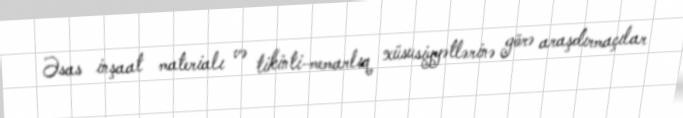
Əsas inşaat materialı və tikinti-memarlıq xüsusiyyətlərinə görə araşdırmaçılar